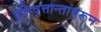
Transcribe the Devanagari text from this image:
इतिवृत्तान्तांवरून